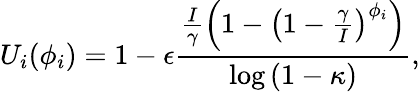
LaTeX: U_{i}(\phi_{i})=1-\epsilon\frac{\frac{I}{\gamma}\left(1-\left(1-\frac{\gamma}{I}\right)^{\phi_{i}}\right)}{\log{(1-\kappa)}},